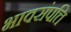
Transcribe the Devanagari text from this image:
भावसंपत्ति